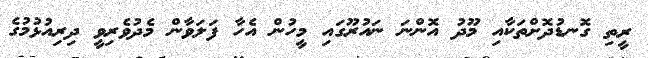
ރީތި ގޮނޑުދޮށްތަކާއި މޫދު އޮންނަ ނައުރޫގައި މީހުން އެހާ ފަލަވާން މެދުވެރިވީ ދިރިއުޅުމުގެ